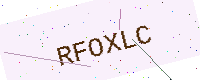
Text: RFOXLC